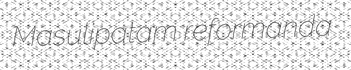
Masulipatam reformanda